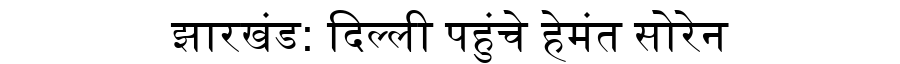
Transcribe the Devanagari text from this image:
झारखंड: दिल्ली पहुंचे हेमंत सोरेन